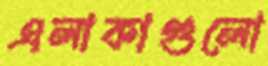
এলাকাগুলো